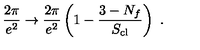
\frac { 2 \pi } { e ^ { 2 } } \rightarrow \frac { 2 \pi } { e ^ { 2 } } \left( 1 - \frac { 3 - N _ { f } } { S _ { \mathrm { c l } } } \right) \ .